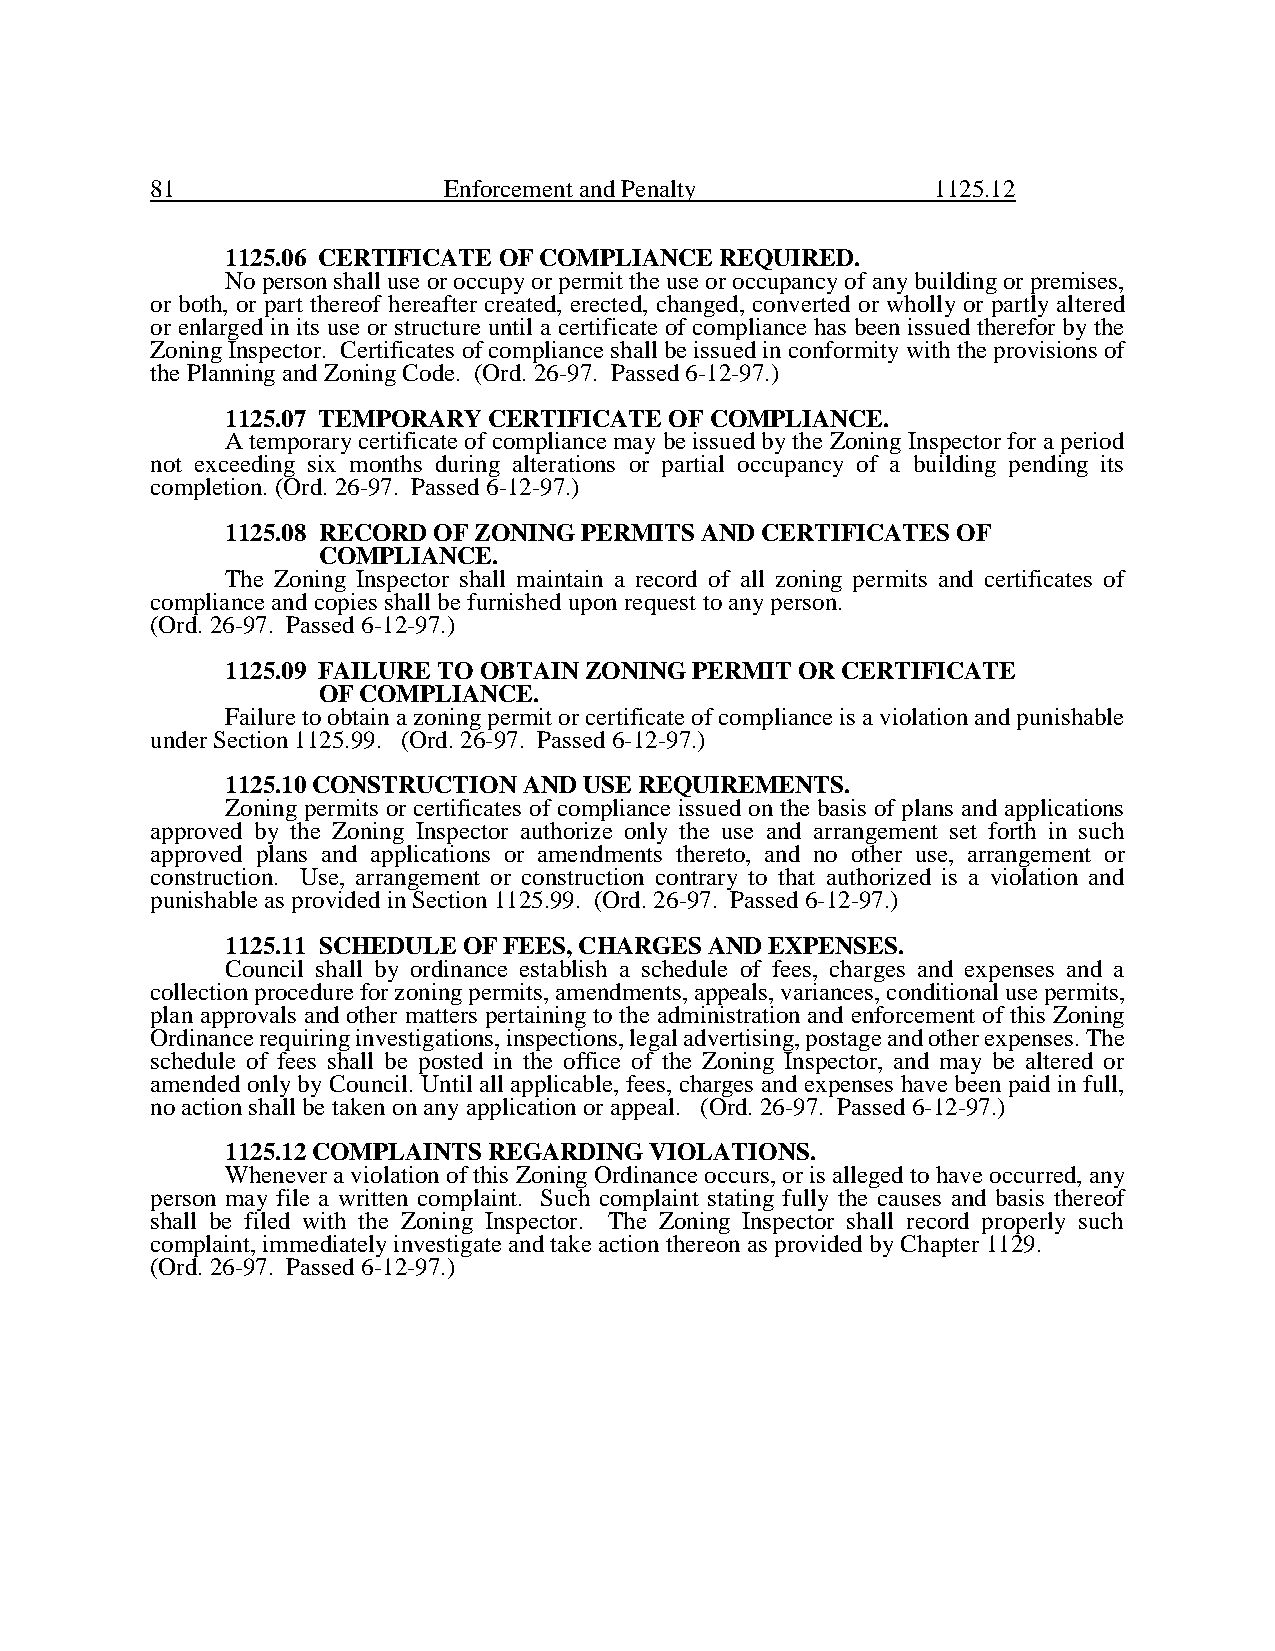
81                 Enforcement and Penalty          1125.12
 1125.06 CERTIFICATE OF COMPLIANCE REQUIRED.
 No person shall use or occupy or permit the use or occupancy of any building or premises,
 or both, or part thereof hereafter created, erected, changed, converted or wholly or partly altered
 or enlarged in its use or structure until a certificate of compliance has been issued therefor by the
 Zoning Inspector. Certificates of compliance shall be issued in conformity with the provisions of
 the Planning and Zoning Code. (Ord. 26-97. Passed 6-12-97.)
 1125.07 TEMPORARY CERTIFICATE OF COMPLIANCE.
 A temporary certificate of compliance may be issued by the Zoning Inspector for a period
 not exceeding six months during alterations or partial occupancy of a building pending its
 completion. (Ord. 26-97. Passed 6-12-97.)
 1125.08 RECORD OF ZONING PERMITS AND CERTIFICATES OF
 COMPLIANCE.
 The Zoning Inspector shall maintain a record of all zoning permits and certificates of
 compliance and copies shall be furnished upon request to any person.
 (Ord. 26-97. Passed 6-12-97.)
 1125.09 FAILURE TO OBTAIN ZONING PERMIT OR CERTIFICATE
 OF COMPLIANCE.
 Failure to obtain a zoning permit or certificate of compliance is a violation and punishable
 under Section 1125.99. (Ord. 26-97. Passed 6-12-97.)
 1125.10 CONSTRUCTION AND USE REQUIREMENTS.
 Zoning permits or certificates of compliance issued on the basis of plans and applications
 approved by the Zoning Inspector authorize only the use and arrangement set forth in such
 approved plans and applications or amendments thereto, and no other use, arrangement or
 construction. Use, arrangement or construction contrary to that authorized is a violation and
 punishable as provided in Section 1125.99. (Ord. 26-97. Passed 6-12-97.)
 1125.11 SCHEDULE OF FEES, CHARGES AND EXPENSES.
 Council shall by ordinance establish a schedule of fees, charges and expenses and a
 collection procedure for zoning permits, amendments, appeals, variances, conditional use permits,
 plan approvals and other matters pertaining to the administration and enforcement of this Zoning
 Ordinance requiring investigations, inspections, legal advertising, postage and other expenses. The
 schedule of fees shall be posted in the office of the Zoning Inspector, and may be altered or
 amended only by Council. Until all applicable, fees, charges and expenses have been paid in full,
 no action shall be taken on any application or appeal. (Ord. 26-97. Passed 6-12-97.)
 1125.12 COMPLAINTS REGARDING VIOLATIONS.
 Whenever a violation of this Zoning Ordinance occurs, or is alleged to have occurred, any
 person may file a written complaint. Such complaint stating fully the causes and basis thereof
 shall be filed with the Zoning Inspector. The Zoning Inspector shall record properly such
 complaint, immediately investigate and take action thereon as provided by Chapter 1129.
 (Ord. 26-97. Passed 6-12-97.)